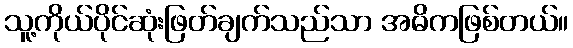
သူ့ကိုယ်ပိုင်ဆုံးဖြတ်ချက်သည်သာ အဓိကဖြစ်တယ်။